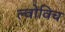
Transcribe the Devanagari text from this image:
ल्वोविच